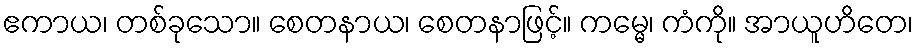
ဧကာယ၊ တစ်ခုသော။ စေတနာယ၊ စေတနာဖြင့်။ ကမ္မေ၊ ကံကို။ အာယူဟိတေ၊